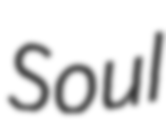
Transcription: Soul